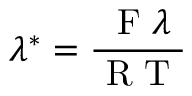
\lambda ^ { * } = \frac { \mathrm { ~ F ~ } \lambda } { \mathrm { ~ R ~ T ~ } }